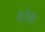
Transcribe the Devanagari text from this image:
घोश